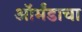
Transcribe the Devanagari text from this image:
ऑर्मंडाचा